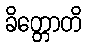
ခိတ္တောတိ